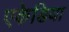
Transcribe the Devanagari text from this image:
एकेडिया